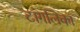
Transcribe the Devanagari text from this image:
टांगलिका